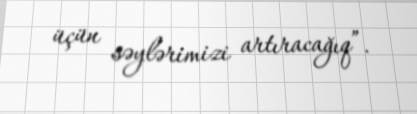
üçün səylərimizi artıracağıq”.